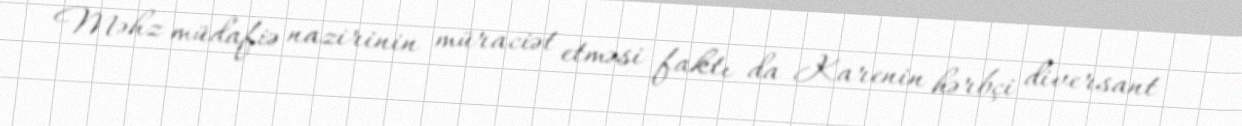
Məhz müdafiə nazirinin müraciət etməsi faktı da Karenin hərbçi diversant